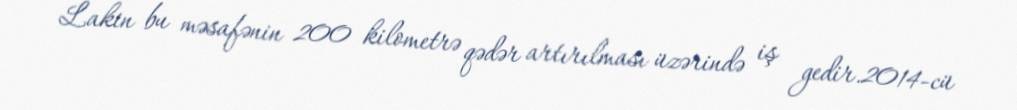
Lakin bu məsafənin 200 kilometrə qədər artırılması üzərində iş gedir.2014-cü